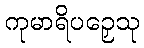
ကုမာရိပဉှေသု